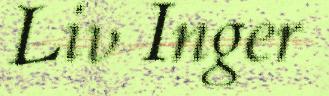
Liv Inger